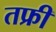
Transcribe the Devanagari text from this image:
तफ्री